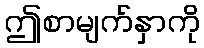
ဤစာမျက်နှာကို